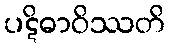
ပဋိဓာဝိဿတိ